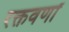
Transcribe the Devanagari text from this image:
रक्तवर्णां